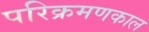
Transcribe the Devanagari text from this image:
परिक्रमणकाल